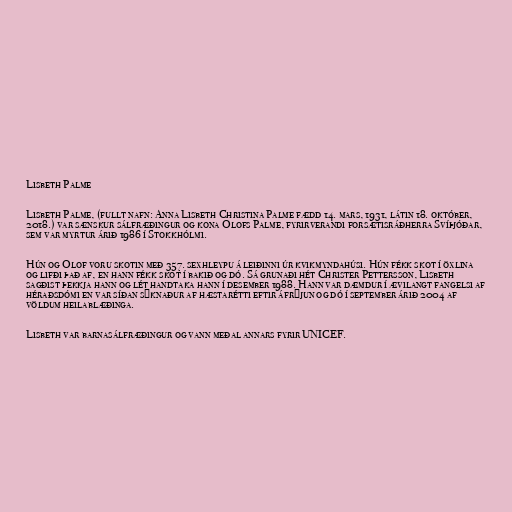
Lisbeth Palme

Lisbeth Palme, (fullt nafn: Anna Lisbeth Christina Palme fædd 14. mars, 1931, látin 18. október,
2018.) var sænskur sálfræðingur og kona Olofs Palme, fyrirverandi forsætisráðherra Svíþjóðar,
sem var myrtur árið 1986 í Stokkhólmi.

Hún og Olof voru skotin með 357. sexhleypu á leiðinni úr kvikmyndahúsi. Hún fékk skot í öxlina
og lifði það af, en hann fékk skot í bakið og dó. Sá grunaði hét Christer Pettersson, Lisbeth
sagðist þekkja hann og lét handtaka hann í desember 1988. Hann var dæmdur í ævilangt fangelsi af
héraðsdómi en var síðan sýknaður af hæstarétti eftir áfrýjun og dó í september árið 2004 af
völdum heilablæðinga.

Lisbeth var barnasálfræðingur og vann meðal annars fyrir UNICEF.